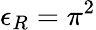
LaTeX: \epsilon_{R}=\pi^{2}